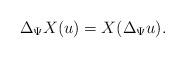
LaTeX: \begin{align*}\Delta_{\Psi}X(u) = X(\Delta_{\Psi} u). \end{align*}